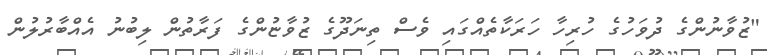
"ޒުވާނުންގެ ދުވަހުގެ ހުރިހާ ހަރަކާތެއްގައި ވެސް ތިނަދޫގެ ޒުވާޏުންގެ ފަރާތުން ލިބުނު އެއްބާރުލުން